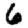
Digit: 6